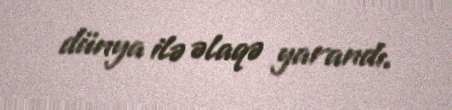
dünya ilə əlaqə yarandı.